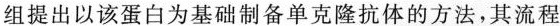
组提出以该蛋白为基础制备单克隆抗体的方法，其流程